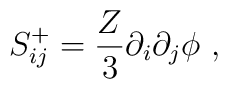
S^+_{ij} = \frac{Z}{3} \partial_i \partial_j \phi\ ,